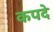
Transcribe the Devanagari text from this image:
कपदे